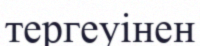
тергеуінен